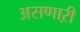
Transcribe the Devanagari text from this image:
असणाऱी